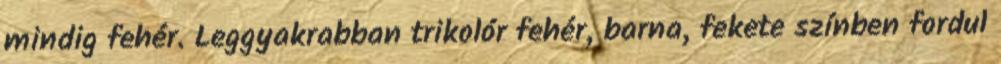
mindig fehér. Leggyakrabban trikolór fehér, barna, fekete színben fordul